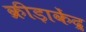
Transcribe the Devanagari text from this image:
क्रीड़ाकेंद्र